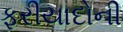
ફરીયાદોની